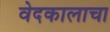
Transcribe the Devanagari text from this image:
वेदकालाचा